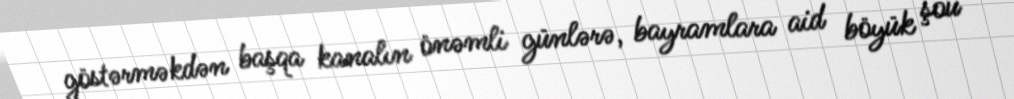
göstərməkdən başqa kanalın önəmli günlərə, bayramlara aid böyük şou